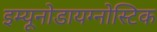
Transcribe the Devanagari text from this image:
इम्यूनोडायग्नोस्टिक